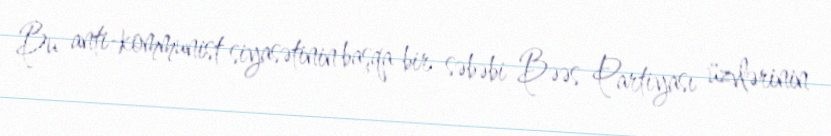
Bu anti-kommunist siyasətinin başqa bir səbəbi Bəəs Partiyası üzvlərinin